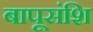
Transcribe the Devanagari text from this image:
बापूसंशि